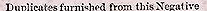
Duplicates furnished from this Negative